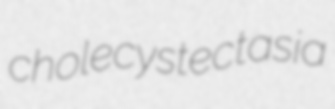
cholecystectasia